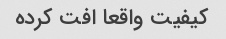
کیفیت واقعا افت کرده